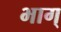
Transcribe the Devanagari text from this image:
भाग्